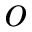
o